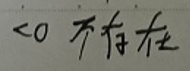
$<0 $不存在